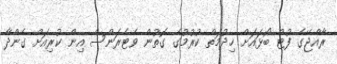
ރާއްޖޭގެ ފުޓް ބޯޅައަށް ޚިދުމަތް ކުރުމުގެ ގޮތުން ވެޓެރަންސް އިން ކުރިއަށް ގެންދާ